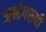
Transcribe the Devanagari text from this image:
अभंगरूपी